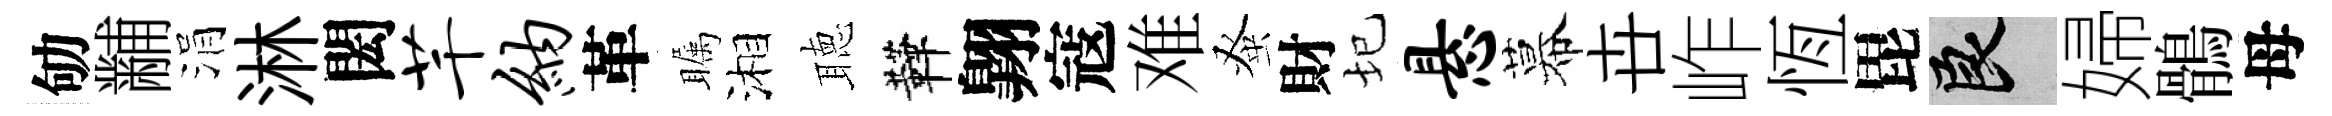
劬黼涓淋閎芊纳革瞩湘聴鞾翺寇难𫊫財圮悬幕卋岞恆毘良婦鶻母